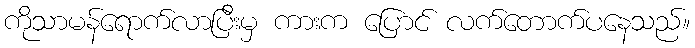
ကိုသာမန်ရောက်လာပြီးမှ ကားက ပြောင် လက်တောက်ပနေသည်။